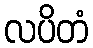
လပိတံ